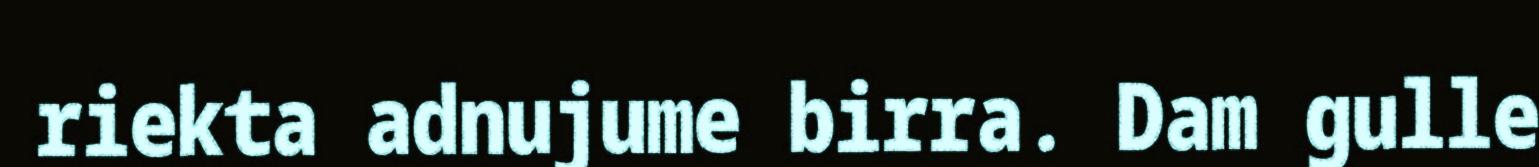
riekta adnujume birra. Dam gulle